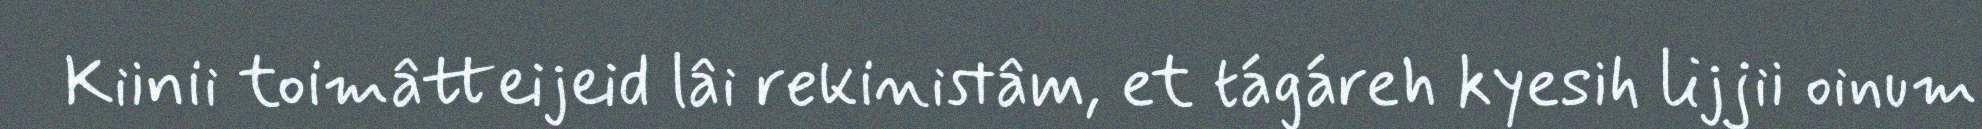
Kiinii toimâtteijeid lâi rekinistâm, et tágáreh kyesih lijjii oinum